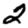
Digit: 2